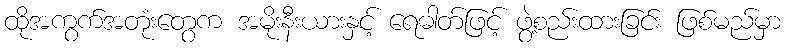
ထိုအကွက်အတုံးတွေက အမိုးနီးယားနှင့် ရေဓါတ်ဖြင့် ဖွဲ့စည်းထားခြင်း ဖြစ်မည်မှာ